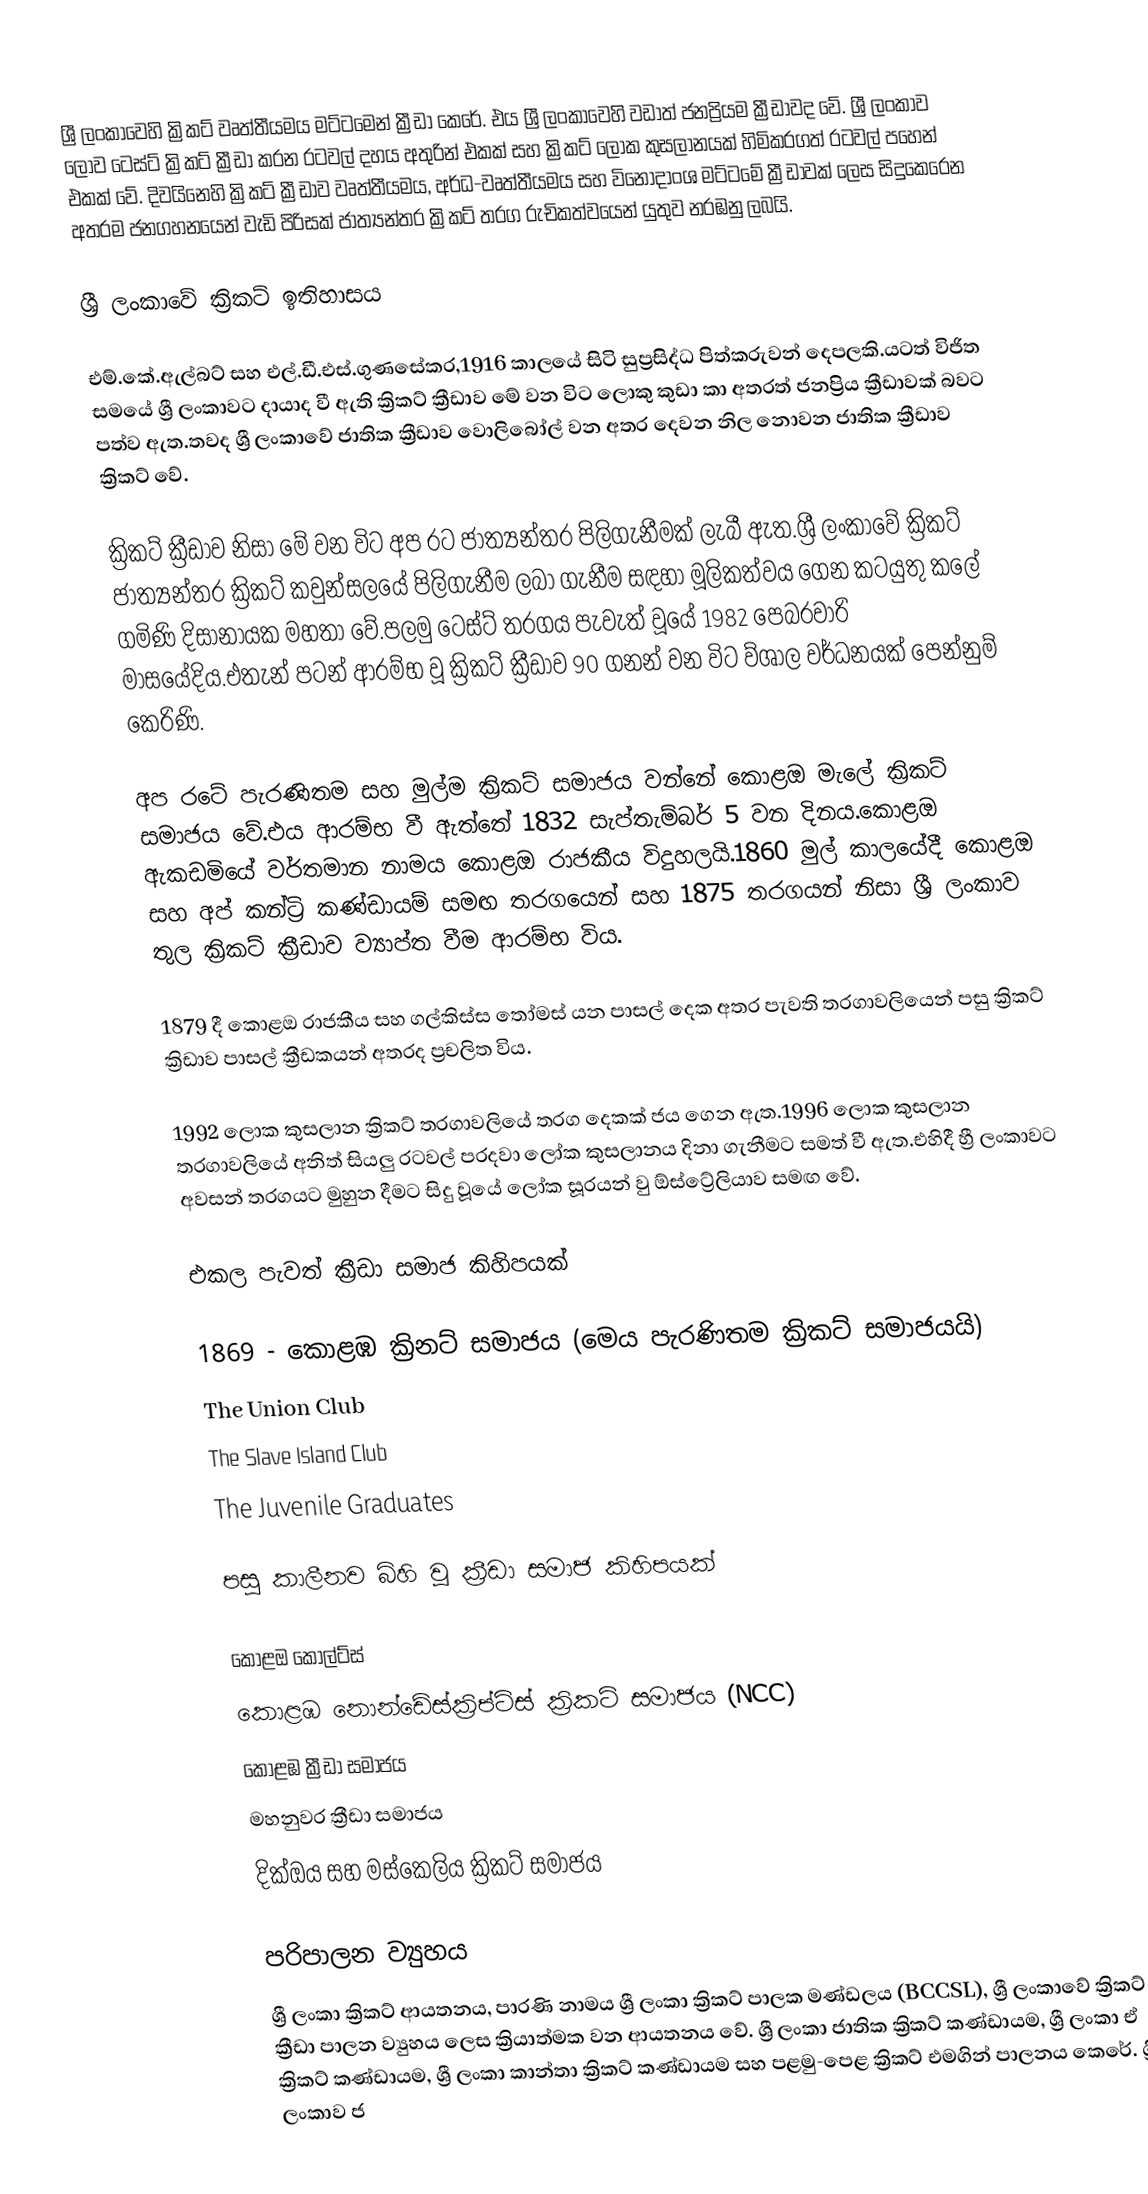
ශ්‍රී ලංකාවෙහි ක්‍රිකට් වෘත්තීයමය මට්ටමෙන් ක්‍රීඩා කෙරේ. එය ශ්‍රී ලංකාවෙහි වඩාත් ජනප්‍රියම ක්‍රීඩාවද වේ. ශ්‍රී ලංකාව ලොව ටෙස්ට් ක්‍රිකට් ක්‍රීඩා කරන රටවල් දහය අතුරින් එකක් සහ ක්‍රිකට් ලෝක කුසලානයක් හිමිකරගත් රටවල් පහෙන් එකක් වේ. දිවයිනෙහි ක්‍රිකට් ක්‍රීඩාව වෘත්තීයමය, අර්ධ-වෘත්තීයමය සහ විනෝදාංශ මට්ටමේ ක්‍රීඩාවක් ලෙස සිදුකෙරෙන අතරම ජනගහනයෙන් වැඩි පිරිසක් ජාත්‍යන්තර ක්‍රිකට් තරග රුචිකත්වයෙන් යුතුව නරඹනු ලබයි.

ශ්‍රී ලංකාවේ ක්‍රිකට් ඉතිහාසය

එම්.කේ.ඇල්බට් සහ එල්.ඩී.එස්.ගුණසේකර,1916 කාලයේ සිටි සුප්‍රසිද්ධ පිත්කරුවන් දෙපලකි.යටත් විජිත සමයේ ශ්‍රී ලංකාවට දායාද වී ඇති ක්‍රිකට් ක්‍රීඩාව මේ වන විට ලොකු කුඩා කා අතරත් ජනප්‍රිය ක්‍රීඩාවක් බවට පත්ව ඇත.තවද ශ්‍රී  ලංකාවේ ජාතික ක්‍රීඩාව වොලිබෝල් වන අතර දෙවන නිල නොවන ජාතික ක්‍රීඩාව ක්‍රිකට් වේ.

ක්‍රිකට් ක්‍රීඩාව නිසා මේ වන විට අප රට ජාත්‍යන්තර පිලිගැනීමක් ලැබී ඇත.ශ්‍රී ලංකාවේ ක්‍රිකට් ජාත්‍යන්තර ක්‍රිකට් කවුන්සලයේ පිලිගැනීම ලබා ගැනීම සඳහා මූලිකත්වය ගෙන කටයුතු කලේ ගමිණි දිසානායක මහතා  වේ.පලමු ටෙස්ට් තරගය පැවැත් වූයේ 1982  පෙබරවාරි මාසයේදිය.එතැන් පටන් ආරම්භ වූ ක්‍රිකට් ක්‍රීඩාව 90 ගනන් වන විට ව්ශාල වර්ධනයක් පෙන්නුම් කෙරිණි.

අප රටේ පැරණිතම සහ මුල්ම ක්‍රිකට් සමාජය වන්නේ කොළඔ මැලේ ක්‍රිකට්  සමාජය වේ.එය ආරම්භ වී ඇත්තේ 1832 සැප්තැම්බර් 5 වන දිනය.කොළඔ ඇකඩමියේ වර්තමාන නාමය කොළඔ රාජකීය විදුහලයි.1860 මුල් කාලයේදී කොළඔ සහ අප් කන්ට්‍රි කණ්ඩායම් සමඟ තරගයෙන් සහ 1875 තරගයන් නිසා ශ්‍රී ලංකාව තුල ක්‍රිකට් ක්‍රීඩාව ව්‍යාප්ත වීම ආරම්භ විය.

1879 දී කොළඔ රාජකීය සහ ගල්කිස්ස තෝමස් යන පාසල් දෙක අතර පැවති තරගාවලියෙන් පසු ක්‍රිකට් ක්‍රිඩාව පාසල් ක්‍රීඩකයන් අතරද ප්‍රචලිත විය.

1992 ලොක කුසලාන ක්‍රිකට් තරගාවලියේ තරග දෙකක් ජය ගෙන ඇත.1996 ලොක කුසලාන තරගාවලියේ අනිත් සියලු රටවල් පරදවා ලෝක කුසලානය දිනා ගැනීමට සමත් වී ඇත.එහිදී හ්‍රී ලංකාවට අවසන් තරගයට මුහුන දීමට සිදු වූයේ ලෝක සූරයන් වු ඕස්ට්‍රේලියාව සමඟ වේ.

එකල පැවත් ක්‍රීඩා සමාජ කිහිපයක්

 1869 - කොළඹ ක්‍රිනට් සමාජය (මෙය පැරණිතම ක්‍රිකට් සමාජයයි)
 The Union Club
 The Slave Island Club
 The Juvenile Graduates

පසු කාලීනව බිහි වූ ක්‍රීඩා සමාජ කිහිපයක්

 කොළඔ කොල්ට්ස්
 කොළඹ නොන්ඩේස්ක්‍රිප්ට්ස් ක්‍රිකට් සමාජය (NCC)
 කොළඹ ක්‍රීඩා සමාජය
 මහනුවර ක්‍රීඩා සමාජය
 දික්ඔය සහ මස්කෙලිය ක්‍රිකට් සමාජය

පරිපාලන ව්‍යුහය
ශ්‍රී ලංකා ක්‍රිකට් ආයතනය,  පාරණි නාමය ශ්‍රී ලංකා ක්‍රිකට් පාලක මණ්ඩලය (BCCSL), ශ්‍රී ලංකාවේ ක්‍රිකට් ක්‍රීඩා පාලන ව්‍යුහය ලෙස ක්‍රියාත්මක වන ආයතනය වේ. ශ්‍රී ලංකා ජාතික ක්‍රිකට් කණ්ඩායම, ශ්‍රී ලංකා ඒ ක්‍රිකට් කණ්ඩායම, ශ්‍රී ලංකා කාන්තා ක්‍රිකට් කණ්ඩායම සහ පළමු-පෙළ ක්‍රිකට් එමගින් පාලනය කෙරේ. ශ්‍රී ලංකාව ජ